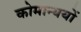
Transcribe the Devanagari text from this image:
कोमान्ययों